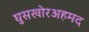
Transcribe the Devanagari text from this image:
घुसखोरअहमद